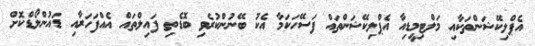
އެޕްލިކޭޝަންތަކާއި މަލްޓިމީޑިއާ އެޕްލިކޭޝަންތައް ފަސޭހަކަމާ އެކު ބޭނުންކުރެވި ބޮޑެތި ފައިލްތައް އެއްފަހަރާއި ޑައުންލޯޑްކޮށް